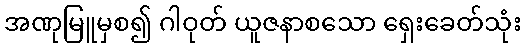
အဏုမြူမှစ၍ ဂါဝုတ် ယူဇနာစသော ရှေးခေတ်သုံး